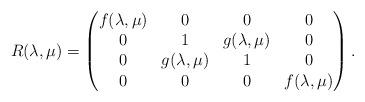
LaTeX: \begin{align*} R(\lambda,\mu)=\begin{pmatrix}f(\lambda,\mu) & 0 & 0 & 0 \\0 & 1 & g(\lambda,\mu) & 0 \\0 & g(\lambda,\mu) & 1 & 0 \\0 & 0 & 0 & f(\lambda,\mu)\end{pmatrix}.\end{align*}